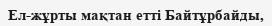
Ел-жұрты мақтан етті Байтұрбайды,